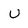
Character: U